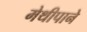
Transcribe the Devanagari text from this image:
मेथीपाने